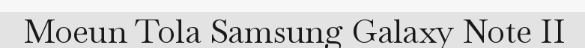
Moeun Tola Samsung Galaxy Note II